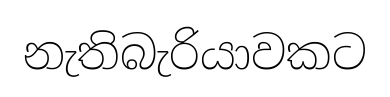
නැතිබැරියාවකට